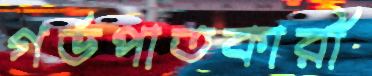
গর্ভপাতকারী